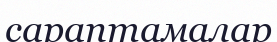
сараптамалар